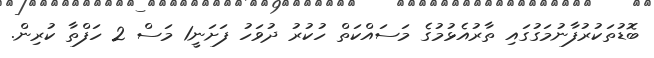
ބޮޑުތަކުރުފާނުމަގުގައި ތާރުއެޅުމުގެ މަސައްކަތް ހުކުރު ދުވަހު ފަށަނީ1 މަސް 2 ހަފްތާ ކުރިން.